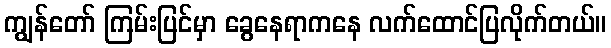
ကျွန်တော် ကြမ်းပြင်မှာ ခွေနေရာကနေ လက်ထောင်ပြလိုက်တယ်။